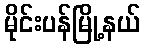
မိုင်းပန်မြို့နယ်